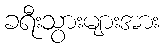
ခရီးသွားများအား